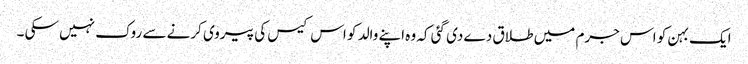
ایک بہن کو اس جرم میں طلاق دے دی گئی کہ وہ اپنے والد کو اس کیس کی پیروی کرنے سے روک نہیں سکی ۔